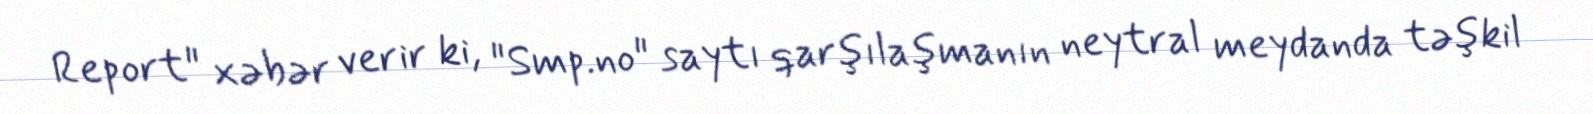
Report" xəbər verir ki, "Smp.no" saytı qarşılaşmanın neytral meydanda təşkil